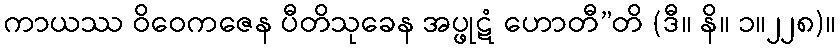
ကာယဿ ဝိဝေကဇေန ပီတိသုခေန အပ္ဖုဋံ ဟောတီ”တိ (ဒီ။ နိ။ ၁။၂၂၈)။